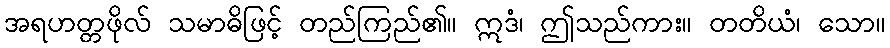
အရဟတ္တဖိုလ် သမာဓိဖြင့် တည်ကြည်၏။ ဣဒံ၊ ဤသည်ကား။ တတိယံ၊ သော။